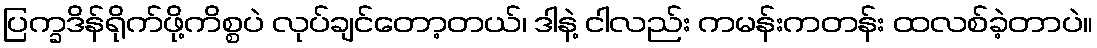
ပြက္ခဒိန်ရိုက်ဖို့ကိစ္စပဲ လုပ်ချင်တော့တယ်၊ ဒါနဲ့ ငါလည်း ကမန်းကတန်း ထလစ်ခဲ့တာပဲ။